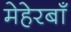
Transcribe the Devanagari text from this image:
मेहेरबाँ